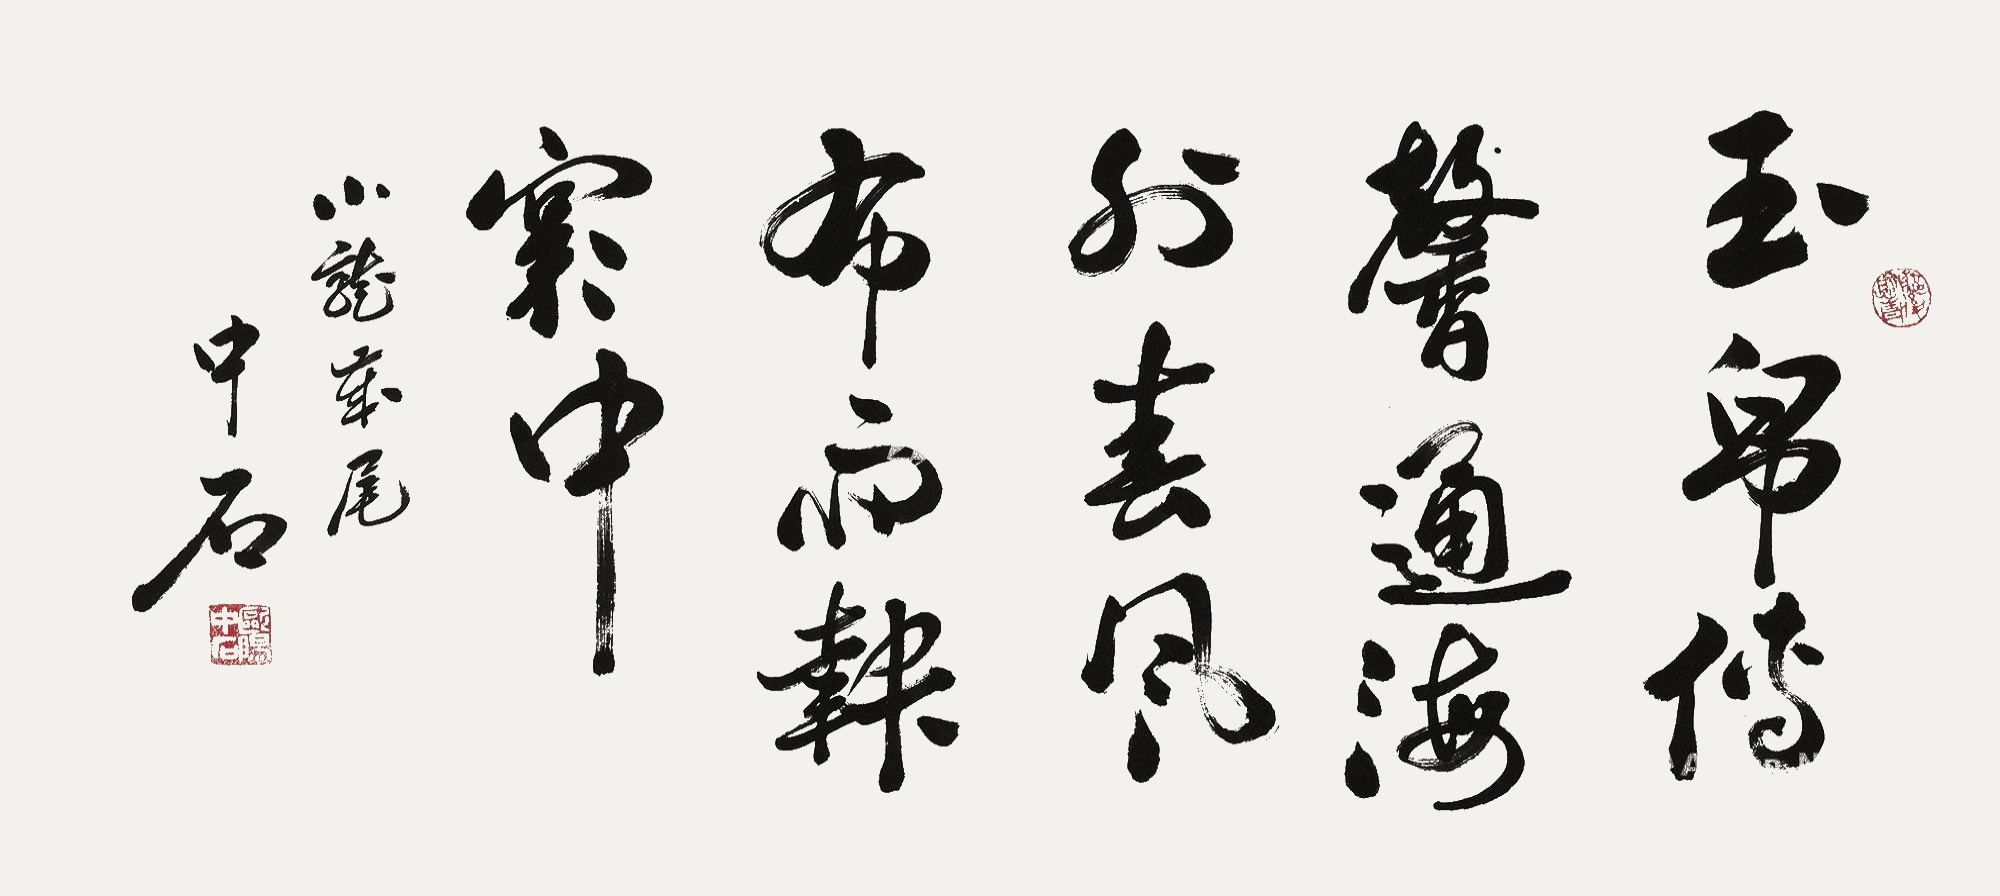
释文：玉帛传馨通海外春风布雨报寒中小龙岁尾中石